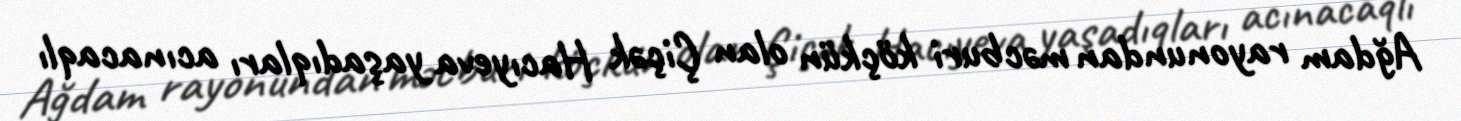
Ağdam rayonundan məcburi köçkün olan Çiçək Hacıyeva yaşadıqları acınacaqlı